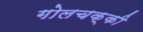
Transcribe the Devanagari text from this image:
गोलचक्की